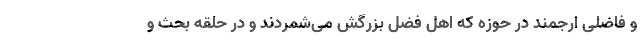
و فاضلی ارجمند در حوزه که اهل فضل بزرگش می‌شمردند و در حلقه بحث و